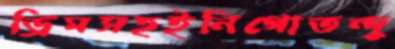
ড্রিমসহইনিগোতন্দু